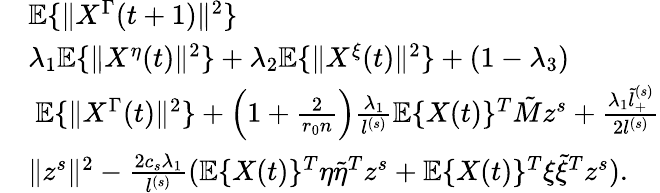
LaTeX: \begin{array}{rl}&{\mathbb{E}\{ \| X^{\Gamma}(t+1)\| ^{2}\} }\\ &{\le\lambda_{1}\mathbb{E}\{ \| X^{\eta}(t)\| ^{2}\} +\lambda_{2}\mathbb{E}\{ \| X^{\xi}(t)\| ^{2}\} +(1-\lambda_{3})}\\ &{~\mathbb{E}\{ \| X^{\Gamma}(t)\| ^{2}\} +\Big(1+\frac{2}{r_{0}n}\Big)\frac{\lambda_{1}}{l^{(s)}}\mathbb{E}\{ X(t)\} ^{T}\tilde{M}z^{s}+\frac{\lambda_{1}\tilde{l}_{+}^{(s)}}{2l^{(s)}}}\\ &{\| z^{s}\| ^{2}-\frac{2c_{s}\lambda_{1}}{l^{(s)}}(\mathbb{E}\{ X(t)\} ^{T}\eta\tilde{\eta}^{T}z^{s}+\mathbb{E}\{ X(t)\} ^{T}\xi\tilde{\xi}^{T}z^{s}).}\end{array}